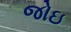
જોઇ